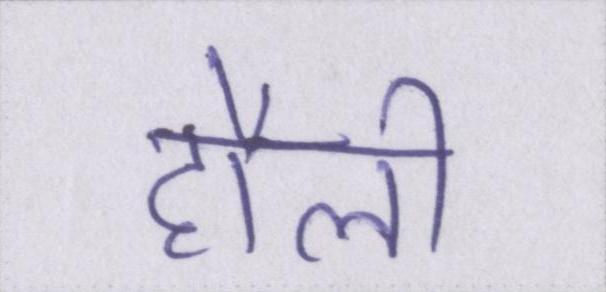
हौली